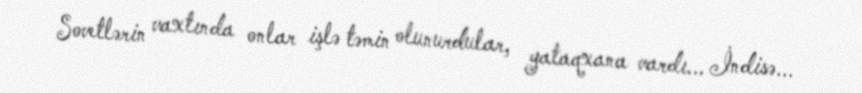
Sovetlərin vaxtında onlar işlə təmin olunurdular, yataqxana vardı... İndisə...